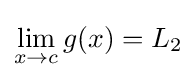
\lim _{x\to c}g(x)=L_{2}